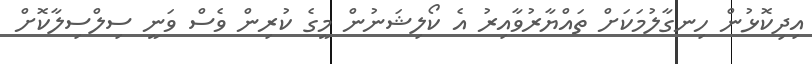
އިދިކޮޅުން ހިނގާލުމަކަށް ތައްޔާރުވާއިރު އެ ކޯލިޝަނުން މީގެ ކުރިން ވެސް ވަނީ ސިލްސިލާކޮށް